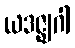
ယဒဇ္ဈဂါ